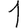
Digit: 1